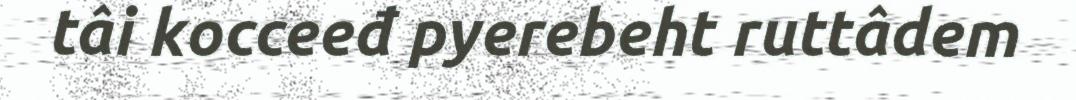
tâi kocceeđ pyerebeht ruttâdem